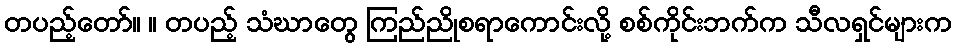
တပည့်တော်။ ။ တပည့် သံဃာတွေ ကြည်ညိုစရာကောင်းလို့ စစ်ကိုင်းဘက်က သီလရှင်များက